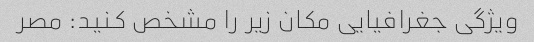
ویژگی جغرافیایی مکان زیر را مشخص کنید: مصر